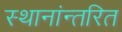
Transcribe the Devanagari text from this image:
स्थानांन्तरित